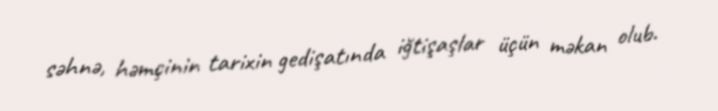
səhnə, həmçinin tarixin gedişatında iğtişaşlar üçün məkan olub.